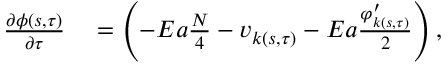
\begin{array} { r l } { \frac { \partial \phi ( s , \tau ) } { \partial \tau } } & { { } = \left( - E a \frac { N } { 4 } - v _ { k ( s , \tau ) } - E a \frac { \varphi _ { k ( s , \tau ) } ^ { \prime } } { 2 } \right) , } \end{array}